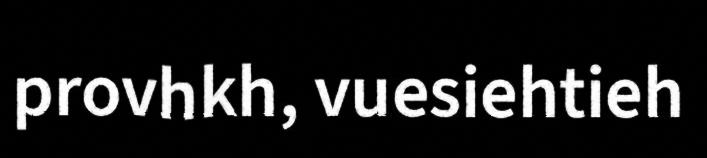
provhkh, vuesiehtieh